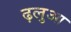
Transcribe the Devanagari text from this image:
ढ़लुआ